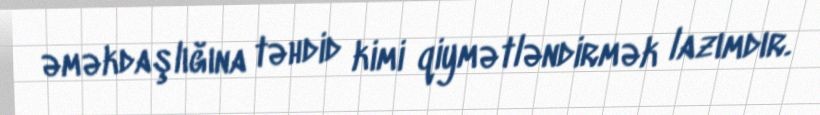
əməkdaşlığına təhdid kimi qiymətləndirmək lazımdır.